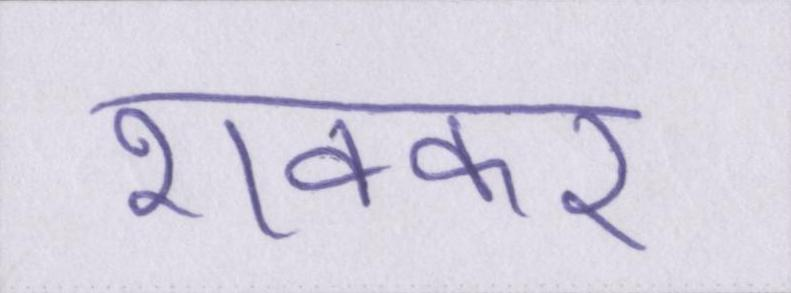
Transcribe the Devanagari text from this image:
शक्कर